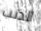
الذنب